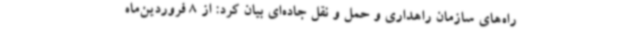
راه‌های سازمان راهداری و حمل و نقل جاده‌ای بیان کرد: از 8 فروردین‌ماه